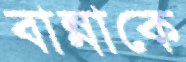
বান্নাকে